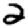
Digit: 2